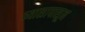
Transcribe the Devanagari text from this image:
ध्यासापासून